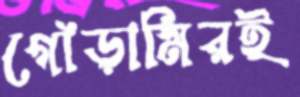
গোঁড়ামিরই